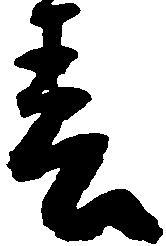
春